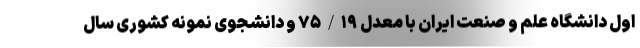
اول دانشگاه علم و صنعت ایران با معدل ۷۵/۱۹ و دانشجوی نمونه کشوری سال